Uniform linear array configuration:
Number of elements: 48
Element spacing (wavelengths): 0.75
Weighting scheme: cosine
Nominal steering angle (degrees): -30
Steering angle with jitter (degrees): -28.635
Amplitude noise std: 0.05
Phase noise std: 0.05

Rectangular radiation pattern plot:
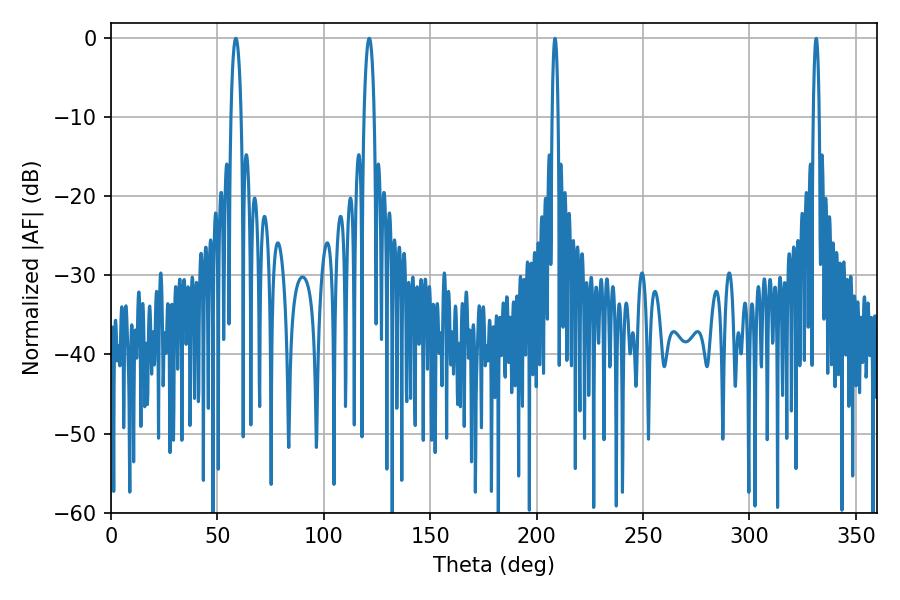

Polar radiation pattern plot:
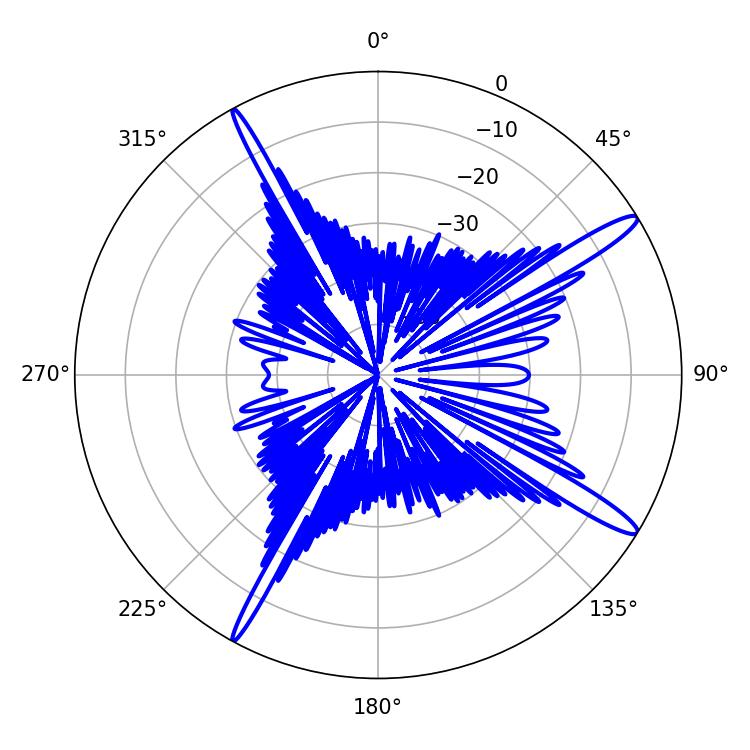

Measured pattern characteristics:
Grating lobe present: TRUE
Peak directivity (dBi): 15.13
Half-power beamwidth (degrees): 2.52
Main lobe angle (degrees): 58.68